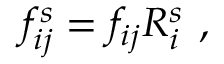
f _ { i j } ^ { s } = f _ { i j } R _ { i } ^ { s } \ ,